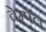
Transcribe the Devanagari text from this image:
तेम्पेल